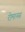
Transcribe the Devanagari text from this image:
रोमानस